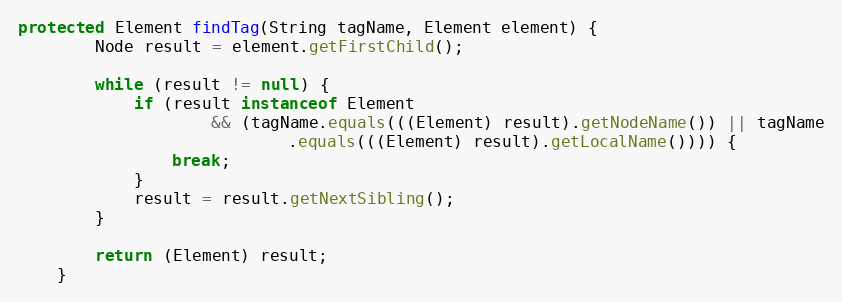
Language: Java
protected Element findTag(String tagName, Element element) {
        Node result = element.getFirstChild();

        while (result != null) {
            if (result instanceof Element
                    && (tagName.equals(((Element) result).getNodeName()) || tagName
                            .equals(((Element) result).getLocalName()))) {
                break;
            }
            result = result.getNextSibling();
        }

        return (Element) result;
    }